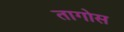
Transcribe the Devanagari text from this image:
तागोस